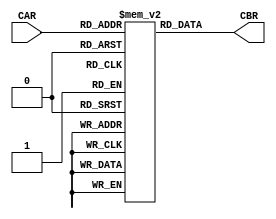
module control_store #(parameter sz = 22, parameter N = 7, parameter pN = 128)(
  input [N-1:0] CAR,
  output [sz-1:0] CBR
);
  parameter n = 4;

  parameter add = 0, comp = 1, sub = 2, xorr = 3, andd = 4, orr = 5, 
    pc_out = 6, increment = 7, WMFC = 8, rnw = 9, //wmfc = wait for memory function to complete, rnw = read not-write
    r_in = 10, r_out = 11, MAR_in = 12, MBR_out = 13, IR_in = 14, IR_out = 15, select_decoder = 16, dec_data_out = 17, dec_addr_out = 18, z_out = 19, flag_out = 20, endd = sz-1;

  parameter fetch = 0, load = 1, store = 2, move_immediate = 3, move_register = 4, sum_r = 5, sum_imm = 13, sub_r = 6, sub_imm = 14, andd_r = 7, andd_imm = 15, orr_r = 9, orr_imm = 10, xorr_r = 11, xorr_imm = 12, comp_r = 8, comp_imm = 16;

  reg [sz-1:0] ins_mem[pN-1:0];

  integer i;

  initial
  begin
    for (i = 0; i < 100; i++)
      ins_mem[i] = 'b0;
  end

  //Fetch
  initial
  begin
    ins_mem[fetch * n][pc_out] = 1; ins_mem[fetch * n][increment] = 1; ins_mem[fetch * n][MAR_in] = 1;
    ins_mem[fetch * n + 1][rnw] = 1; ins_mem[fetch * n + 1][WMFC] = 1;
    ins_mem[fetch * n + 2][MBR_out] = 1; ins_mem[fetch * n + 2][IR_in] = 1;
    ins_mem[fetch * n + 3][select_decoder] = 1;
  end

  //Load LD
  initial
  begin
    ins_mem[load * n][dec_addr_out] = 1; ins_mem[load * n][MAR_in] = 1;
    ins_mem[load * n + 1][rnw] = 1; ins_mem[load * n + 1][WMFC] = 1;
    ins_mem[load * n + 2][MBR_out] = 1; ins_mem[load * n + 2][r_in] = 1; ins_mem[load * n + 2][endd] = 1;
  end
  
  //Store ST
  initial
  begin
    ins_mem[store * n][dec_addr_out] = 1; ins_mem[store * n][MAR_in] = 1;
    ins_mem[store * n + 1][rnw] = 0; ins_mem[store * n + 1][WMFC] = 1; ins_mem[store * n + 2][r_out] = 1; ins_mem[store * n + 2][endd] = 1;
  end

  //Move_immediate MI
  initial
  begin
    ins_mem[move_immediate * n][r_in] = 1; ins_mem[move_immediate * n][dec_data_out] = 1; ins_mem[move_immediate * n][endd] = 1;
  end

  //Move_register MR
  initial
  begin
    ins_mem[move_register * n][r_in] = 1; ins_mem[move_register * n][r_out] = 1; ins_mem[move_register * n][endd] = 1;
  end

  //Sum_register SUM
  initial
  begin
    ins_mem[sum_r * n][r_out] = 1; ins_mem[sum_r * n][add] = 1;
    ins_mem[sum_r * n + 1][z_out] = 1; ins_mem[sum_r * n + 1][r_in] = 1; ins_mem[sum_r * n + 1][endd] = 1;
  end

  //Sum_immediate SMI
  initial
  begin
    ins_mem[sum_imm * n][dec_data_out] = 1; ins_mem[sum_imm * n][add] = 1;
    ins_mem[sum_imm * n + 1][z_out] = 1; ins_mem[sum_imm * n + 1][r_in] = 1; ins_mem[sum_imm * n + 1][endd] = 1;
  end

  //Sub_register SB
  initial
  begin
    ins_mem[sub_r * n][r_out] = 1; ins_mem[sub_r * n][sub] = 1;
    ins_mem[sub_r * n + 1][z_out] = 1; ins_mem[sub_r * n + 1][r_in] = 1; ins_mem[sub_r * n + 1][endd] = 1;
  end

  //Sub_immediate SBI
  initial
  begin
    ins_mem[sub_imm * n][dec_data_out] = 1; ins_mem[sub_imm * n][sub] = 1;
    ins_mem[sub_imm * n + 1][z_out] = 1; ins_mem[sub_imm * n + 1][r_in] = 1; ins_mem[sub_imm * n + 1][endd] = 1;
  end

  //And_register ANR
  initial
  begin
    ins_mem[andd_r * n][r_out] = 1; ins_mem[andd_r * n][andd] = 1;
    ins_mem[andd_r * n + 1][z_out] = 1; ins_mem[andd_r * n + 1][r_in] = 1; ins_mem[andd_r * n + 1][endd] = 1;
  end

  //And_immediate ANI
  initial
  begin
    ins_mem[andd_imm * n][dec_data_out] = 1; ins_mem[andd_imm * n][andd] = 1;
    ins_mem[andd_imm * n + 1][z_out] = 1; ins_mem[andd_imm * n + 1][r_in] = 1; ins_mem[andd_imm * n + 1][endd] = 1;
  end

  //Or_register ORR
  initial
  begin
    ins_mem[orr_r * n][r_out] = 1; ins_mem[orr_r * n][orr] = 1;
    ins_mem[orr_r * n + 1][z_out] = 1; ins_mem[orr_r * n + 1][r_in] = 1; ins_mem[orr_r * n + 1][endd] = 1;
  end

  //Or_immediate ORI
  initial
  begin
    ins_mem[orr_imm * n][dec_data_out] = 1; ins_mem[orr_imm * n][orr] = 1;
    ins_mem[orr_imm * n + 1][z_out] = 1; ins_mem[orr_imm * n + 1][r_in] = 1; ins_mem[orr_imm * n + 1][endd] = 1;
  end

  //Xor_register XRR
  initial
  begin
    ins_mem[xorr_r * n][r_out] = 1; ins_mem[xorr_r * n][xorr] = 1;
    ins_mem[xorr_r * n + 1][z_out] = 1; ins_mem[xorr_r * n + 1][r_in] = 1; ins_mem[xorr_r * n + 1][endd] = 1;
  end

  //Xor_immediate XRI
  initial
  begin
    ins_mem[xorr_imm * n][dec_data_out] = 1; ins_mem[xorr_imm * n][xorr] = 1;
    ins_mem[xorr_imm * n + 1][z_out] = 1; ins_mem[xorr_imm * n + 1][r_in] = 1; ins_mem[xorr_imm * n + 1][endd] = 1;
  end

  //Comp_register CM
  initial
  begin
    ins_mem[comp_r * n][r_out] = 1; ins_mem[comp_r * n][sub] = 1;
    ins_mem[comp_r * n + 1][flag_out] = 1; ins_mem[comp_r * n + 1][r_in] = 1; ins_mem[comp_r * n + 1][endd] = 1;
  end

  //Comp_immediate CMI
  initial
  begin
    ins_mem[comp_imm * n][dec_data_out] = 1; ins_mem[comp_imm * n][sub] = 1;
    ins_mem[comp_imm * n + 1][flag_out] = 1; ins_mem[comp_imm * n + 1][r_in] = 1; ins_mem[comp_imm * n + 1][endd] = 1;
  end

  assign CBR = ins_mem[CAR];
endmodule